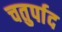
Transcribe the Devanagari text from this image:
चतुर्पाद